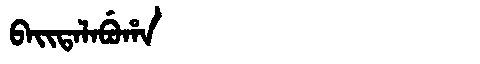
Manchu: ᠪᠠᡳᡨᠠᠯᠠᠪᡠᡥᠠ
Romanization: BAITALABUHA